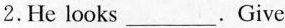
2.He looks ___.Give